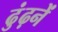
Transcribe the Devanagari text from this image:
ढुंढ़नें